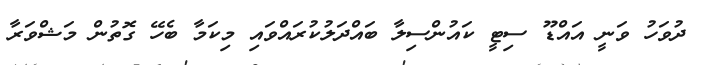
ދުވަހު ވަނީ އައްޑޫ ސިޓީ ކައުންސިލާ ބައްދަލުކުރައްވައި މިކަމާ ބެހޭ ގޮތުން މަޝްވަރާ